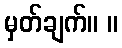
မှတ်ချက်။ ။